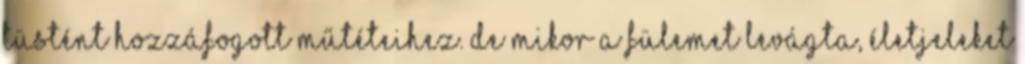
tüstént hozzáfogott műtéteihez. De mikor a fülemet levágta, életjeleket